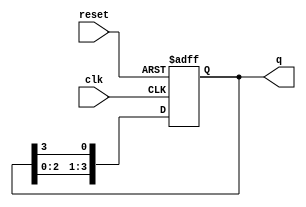
module ring_counter (
    input wire clk,       // Clock signal
    input wire reset,     // Asynchronous reset signal
    output reg [N-1:0] q // Output of the ring counter
);

parameter N = 4; // Number of flip-flops in the ring counter

// Always block triggered on the rising edge of the clock or when reset is asserted
always @(posedge clk or posedge reset) begin
    if (reset) begin
        // Initialize the counter to a known state
        q <= 1'b1; // Set the first flip-flop to '1', others to '0'
    end else begin
        // Shift the '1' around the ring
        q <= {q[N-2:0], q[N-1]}; // Shift left and feed the last bit to the first bit
    end
end

endmodule